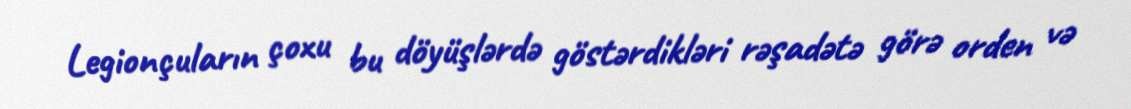
Legionçuların çoxu bu döyüşlərdə göstərdikləri rəşadətə görə orden və